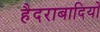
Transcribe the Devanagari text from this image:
हैदराबादियों